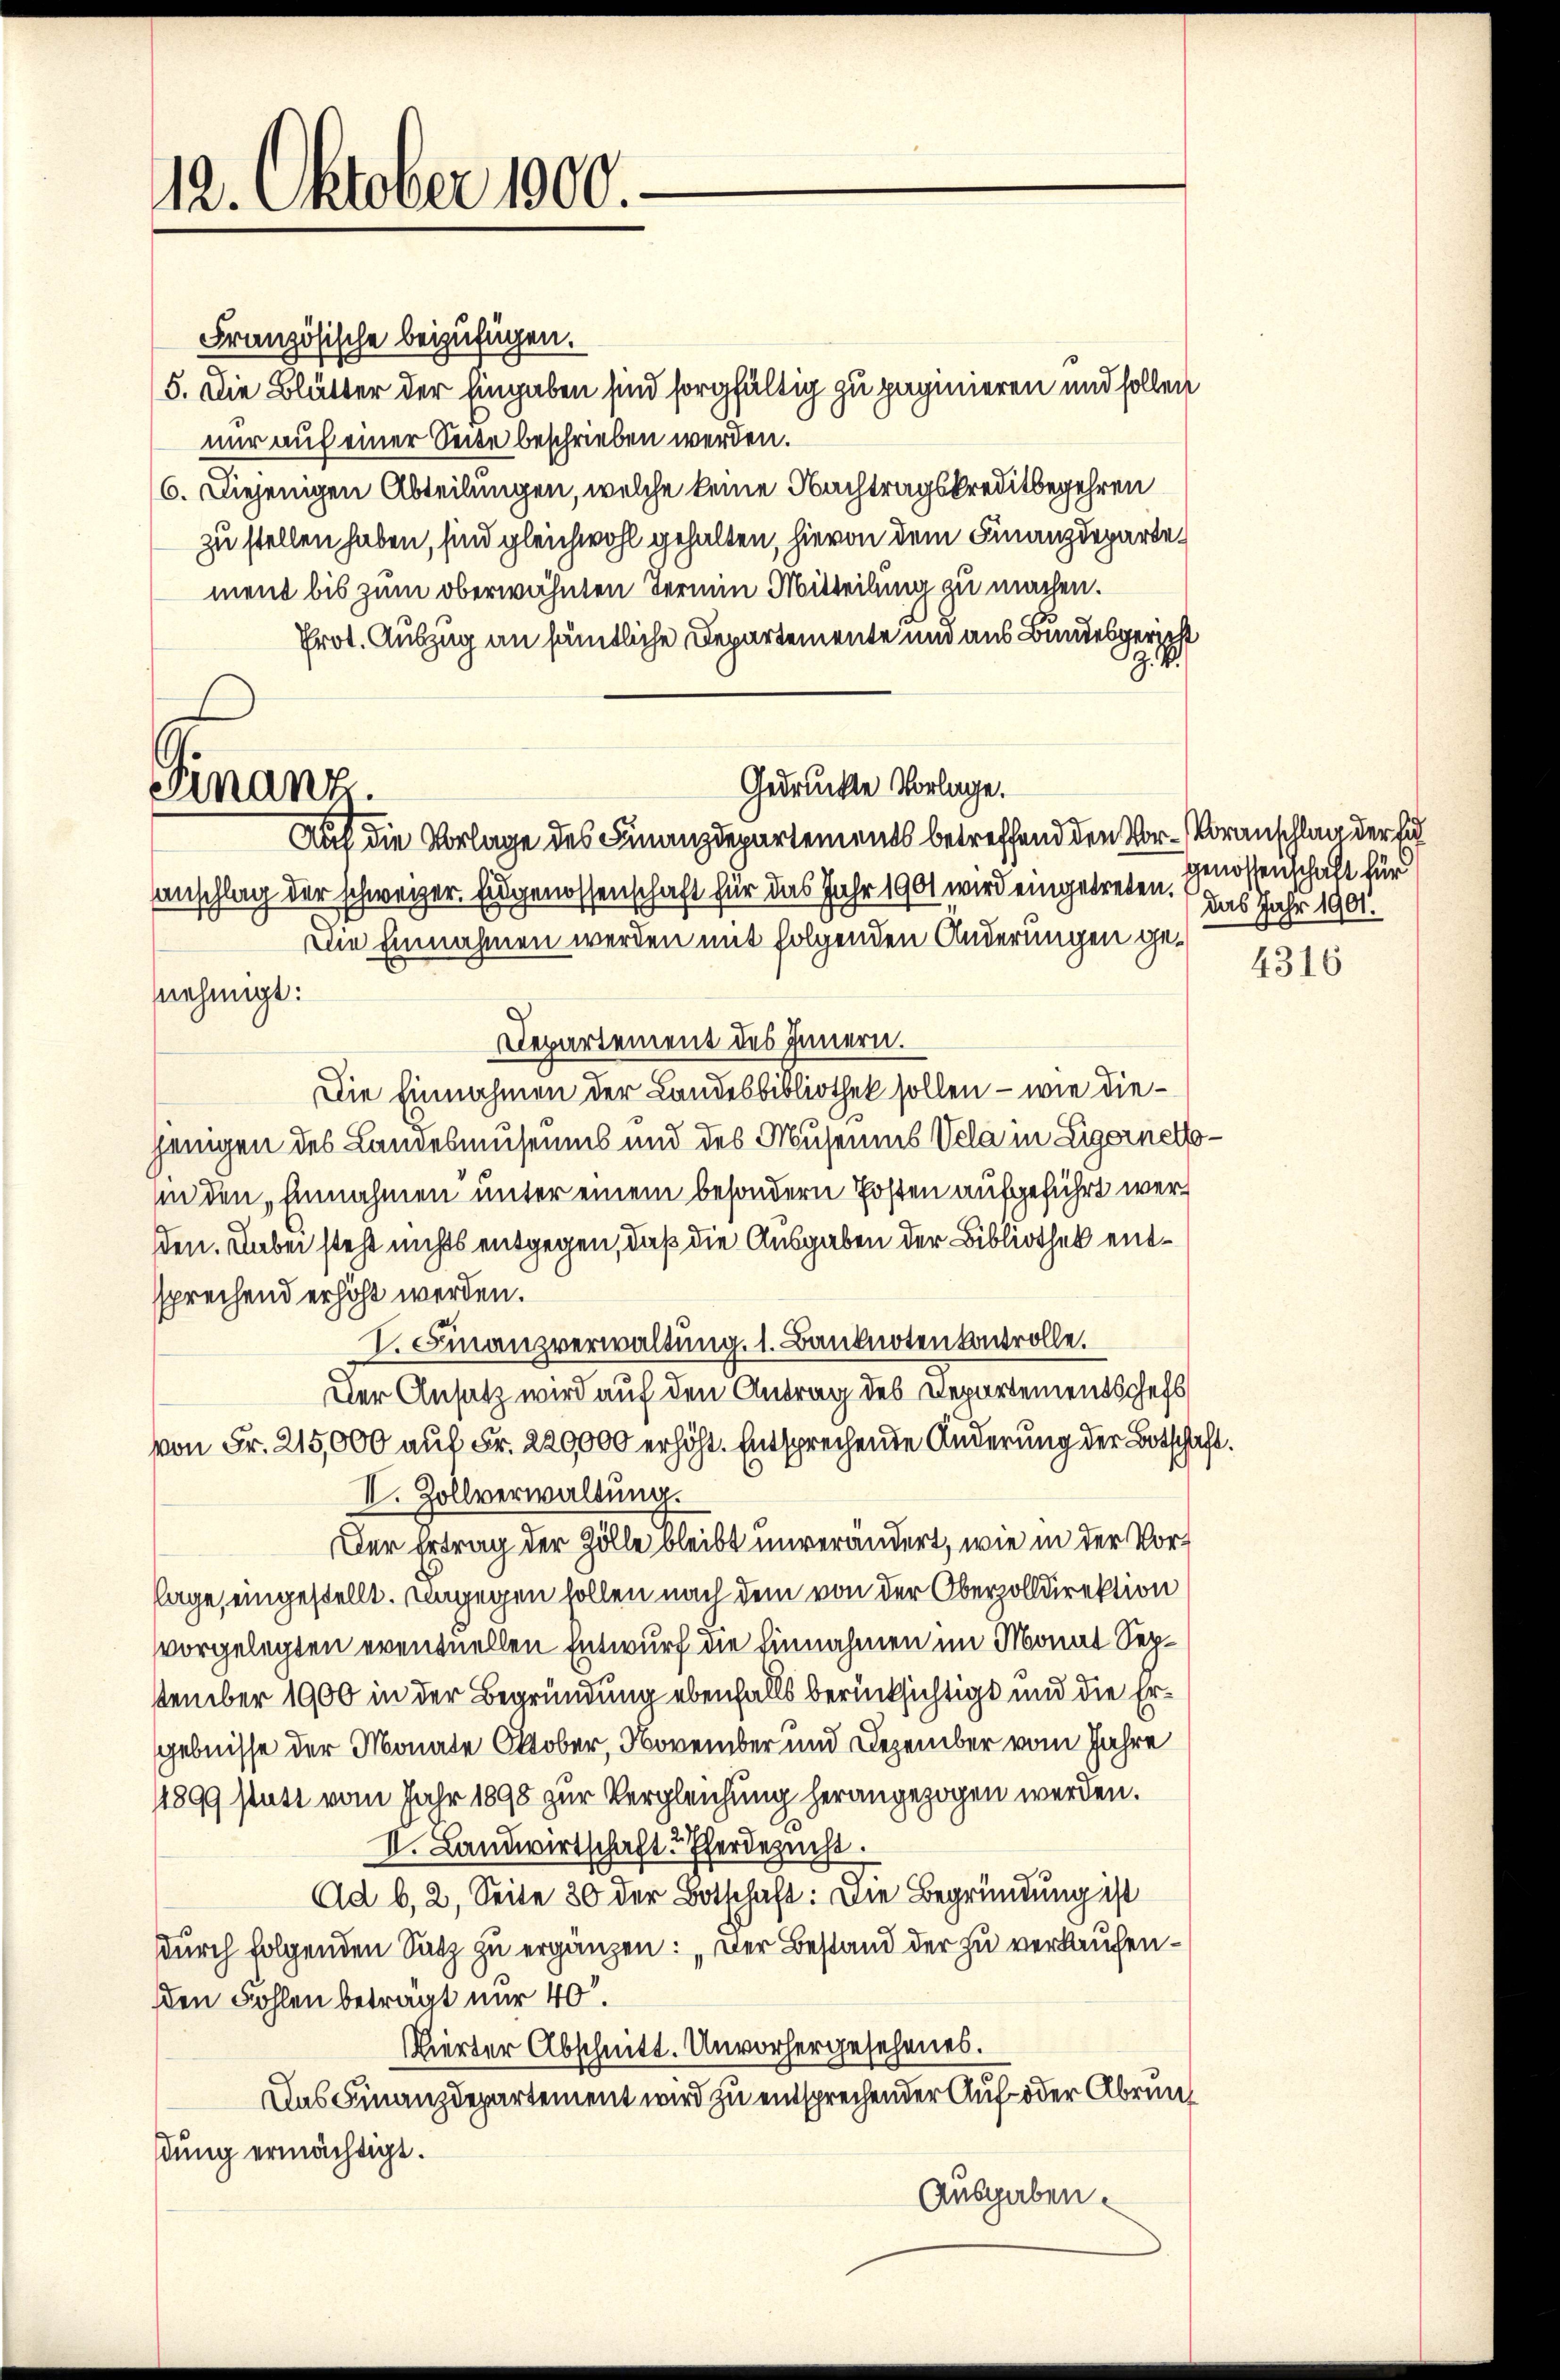
12. Oktober 1900.

Finanz.

Französische beizufügen.
5. Die Blätter der Eingaben sind sorgfältig zu paginieren und sollen
nur auf einer Seite beschrieben werden.
6. Diejenigen Abteilungen, welche keine Nachtragskreditbegehren
zu stellen haben, sind gleichwohl gehalten, hievon dem Finanzdepartement bis zum oberwähnten Termin Mitteilung zu machen.
Prot. Auszug an sämtliche Departemente und aus Bundesgericht
.
Auf die Vorlage des Finanzdepartements betreffend den Vor-Voranschlag der Ei
anschlag der schweizer. Eingenossenschaft für das Jahr 1901 wird eingetreten.
Die Einnahmen werden mit folgenden Änderungen gesnehmigt:
Departement des Innern.
Die Einnahmen der Landesbibliothek sollen - wie diejenigen des Landesmuseums und des Museums Vela in Eigerneth
in den „Einnahmen unter einem besondern Posten aufgeführt werden. Dabei steht nichts entgegen, daß die Ausgaben der Bibliothek entsprechend erhöht werden.
V. Finanzverwaltung. 1. Banknoten kontrolle.
Der Ansatz wird auf den Antrag des Departementschefs
von Fr. 215,000 auf Fr. 220000 erhöht. Entsprechende Änderung der Botscha¬
II. Zollverwaltung.
Der Ertrag der Zölle bleibt unverändert, wie in der Vorlage, eingestellt. Ungegen sollen nach dem von der Oberzolldirektion
vorgelegten eventuellen Entwurf die Einnahmen im Monat Septtember 1900 in der Begründung ebenfalls berücksichtigt und die Ergebnisse der Monate Oktober, November und Dezember vom Jahre
1899 statt vom Jahr 1898 zur Vergleichung herangezogen werden.
II. Landwirtschaft Pferdezucht.
Ad b, 2, Seite 30 der Botschaft: Die Begründung ist
durch folgenden Satz zu ergänzen: „Der Bestand der zu verkaufenden Sohlen beträgt nur 40.
Vierter Abschnitt. Unvorhergesehenes.
Das Finanzdepartement wird zu entsprechender Auf- oder Abruns
dung ermächtigt.
Ausgaben.

Gedruckte Vorlage.

genossenschaft für
das Jahr 1901.

.

4316